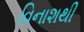
વિનાશથી